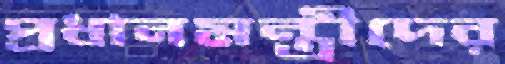
প্রধানমন্ত্রীদের